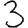
Digit: 3